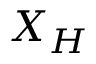
X _ { H }